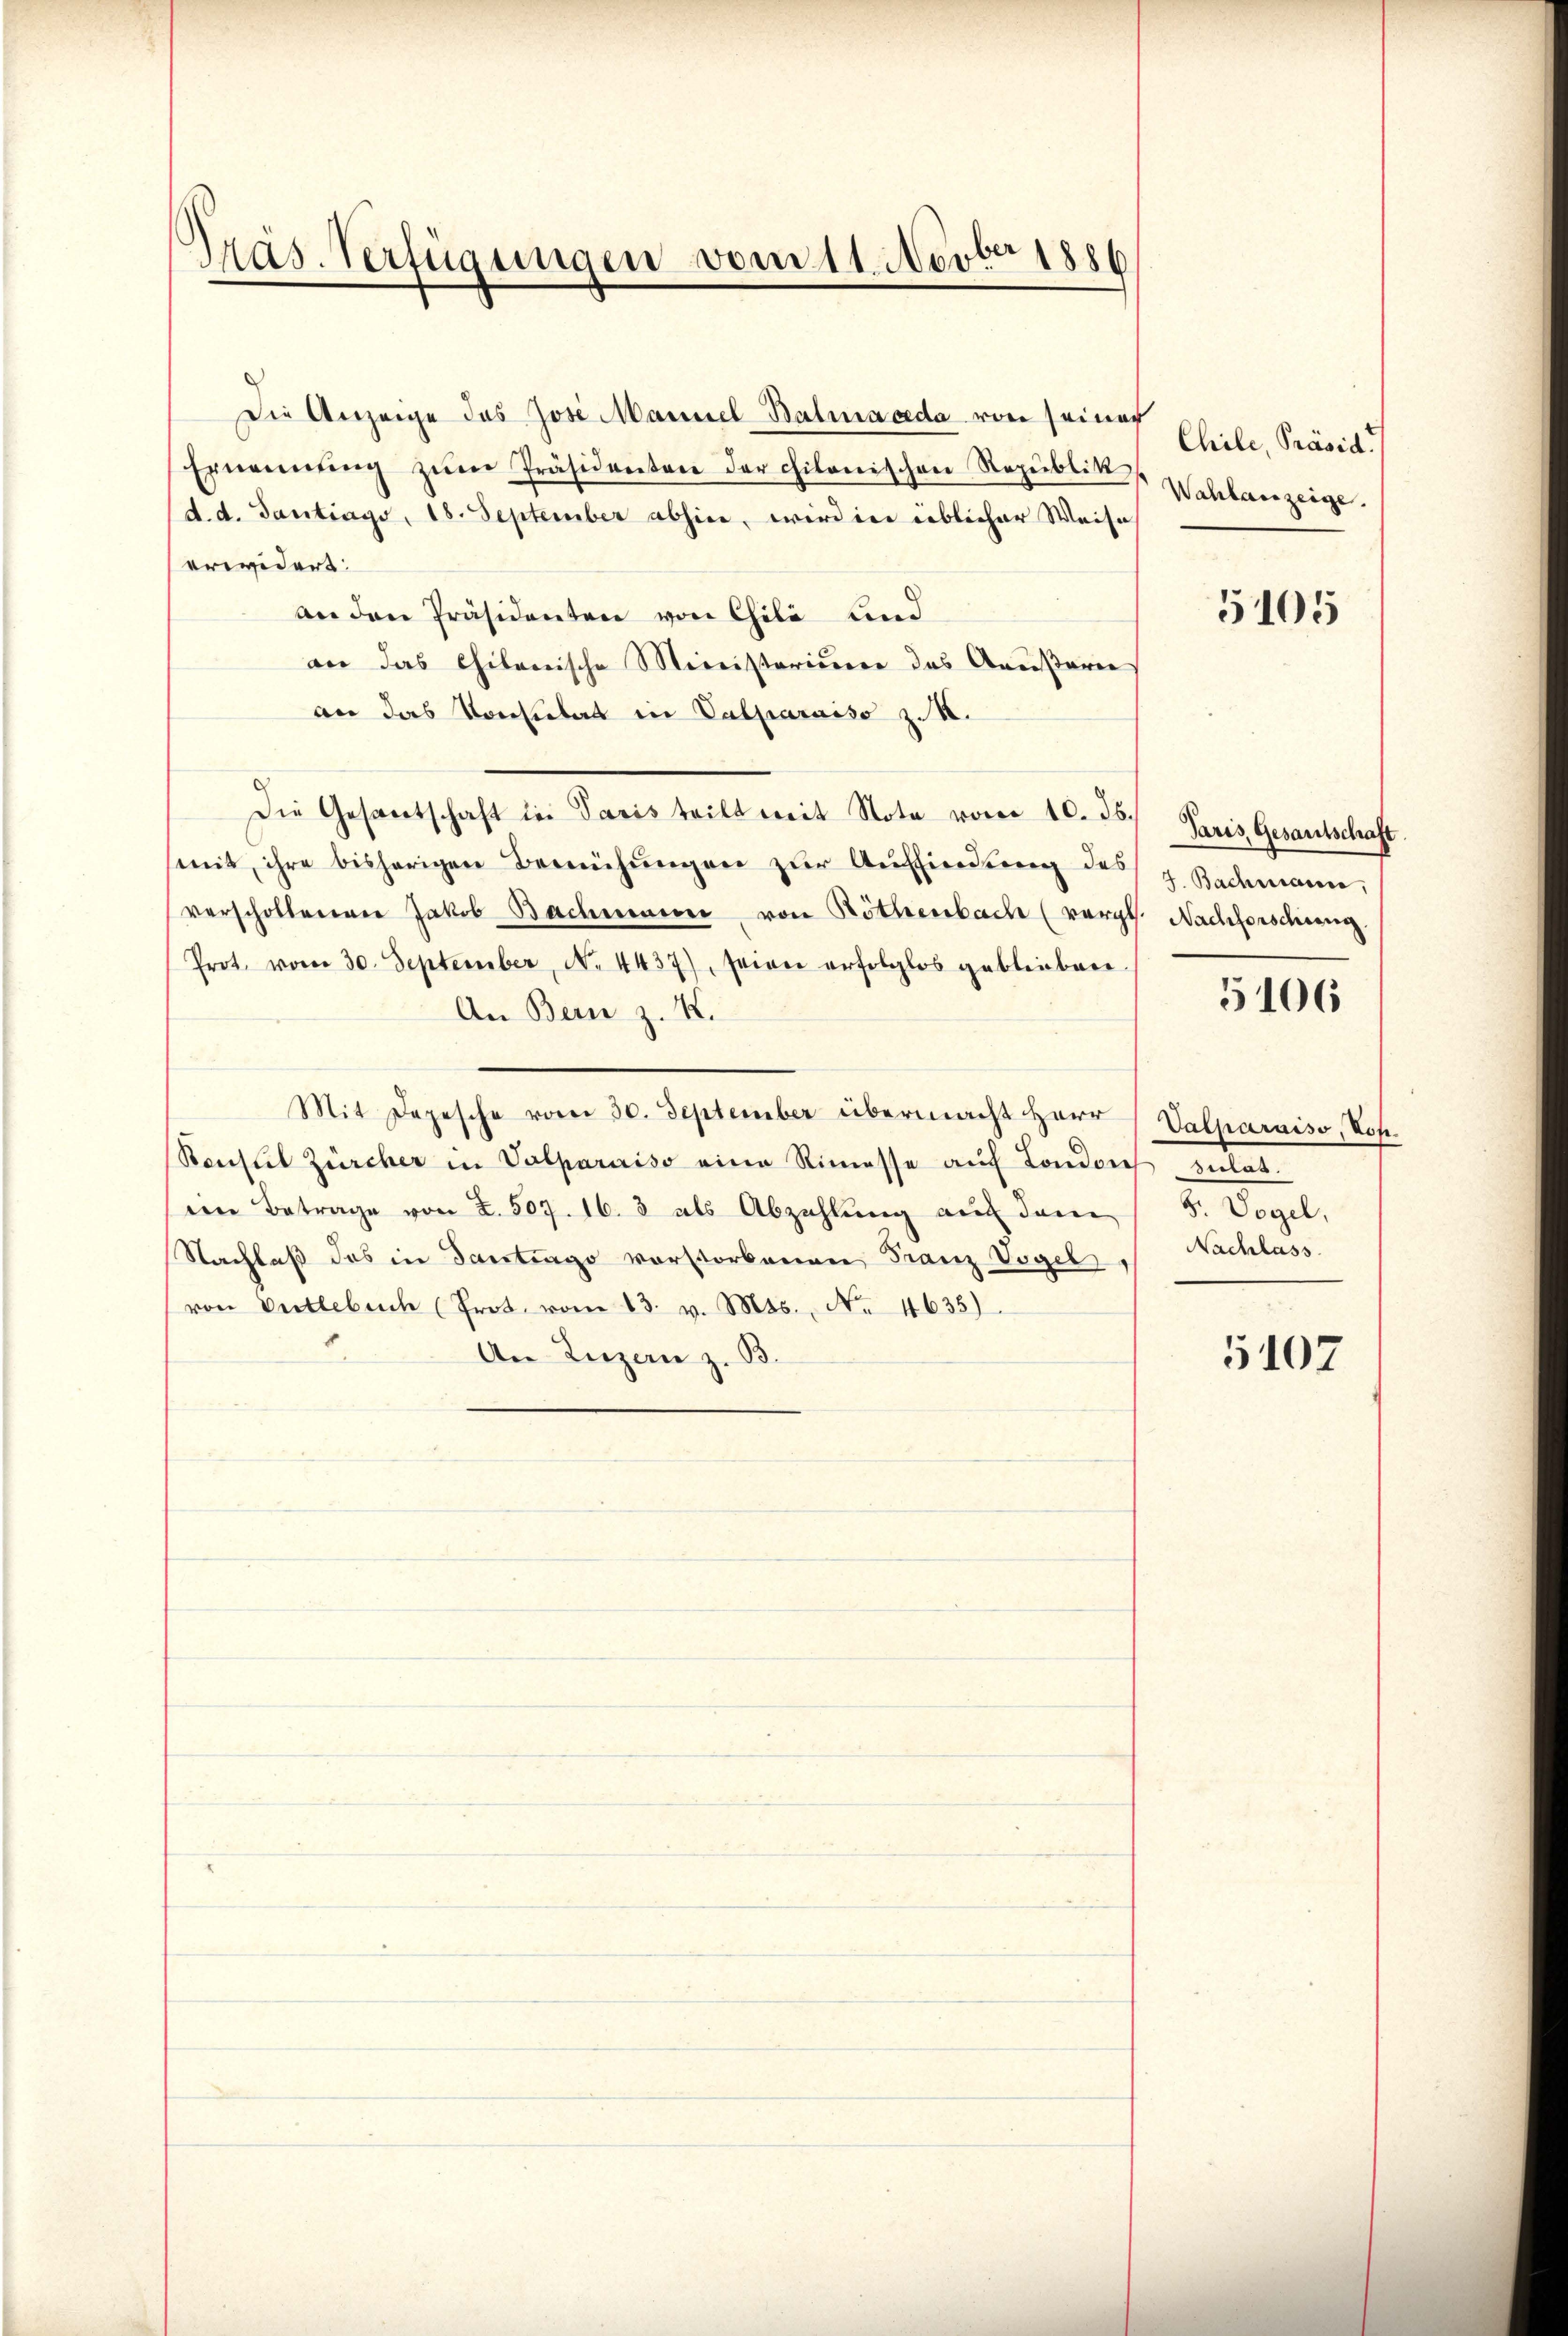
Präs. Verfügungen vom 11. Novber 1886

Die Anzeige das Jose Mannel Balmaceda von seiner
Ernennung zŭm Präsidenten der chilonischen Republik
d. d. Gantrags, 18. September abhin, wird in üblicher Weise
erwidert:
an den Präsidenten von Chila und
an das Chilenische Ministerium des Aeußern
an das Vorkulat in Valparaiso z. B.
Die Gesantschaft in Paris teilt mit Note vom 10. ds.
mit, ihre bisherigen Bemühungen zur Auffindung des
verscholterner Jakob Bachmann von Röthenbach (vergl
Prot. vom 30. September, No. 4437), seien erfolglos geblieben
An Bern z. K.
Mit Depesche vom 30. September übermacht Herr (Valparaiso, Hof¬
Seustel Zürcher in Valparaiso eine Rimesse aŭf Londoneβsulat
eim Betrage von Z. 507. 16. 3 als Abzahlung auf dem
Nachlaß das in Santrage vorstorbenen Franz Vogel. Nachlass
von Entlebuch (Prot. vom 13. v. Mts. No. 4635)
An Luzern z. B.

Chile, Präsid
Wahlanzeige.

5105

Paris Gesandtschaft.
J. Bachmanne,
Nachforschung.

5106

G. Vogel,

5107